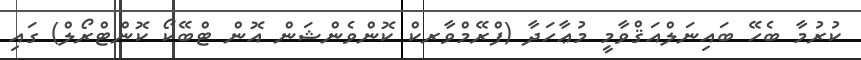
ކުރުމާ ބެހޭ ބައިނަލްއަޤްވާމީ މުޢާހަދާ (ފްރޭމްވާރކް ކޮންވެންޝަން އޮން ޓްބޭކޯ ކޮންޓްރޯލް) ގައި